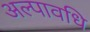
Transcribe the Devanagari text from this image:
अल्‍पावधि